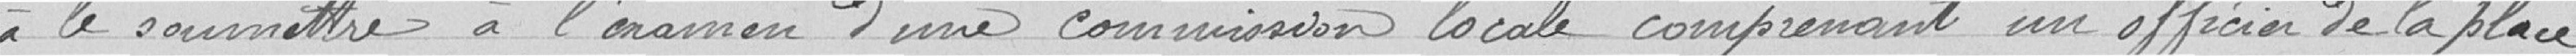
à le soumettre à l'examen d'une commission locale comprenant un officier de la place,